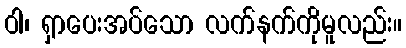
ဝါ၊ ရှာပေးအပ်သော လက်နက်ကိုမူလည်း။